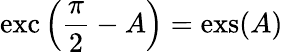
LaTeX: \operatorname{exc}\left({\frac{\pi}{2}}-A\right)=\operatorname{exs}(A)